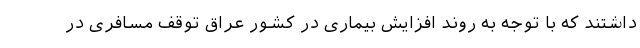
داشتند که با توجه به روند افزایش بیماری در کشور عراق توقف مسافری در